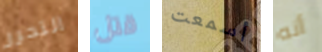
التحرر قتل أسمعت أنه